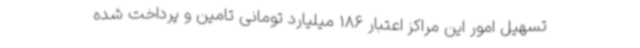
تسهیل امور این مراکز اعتبار 186 میلیارد تومانی تامین و پرداخت شده